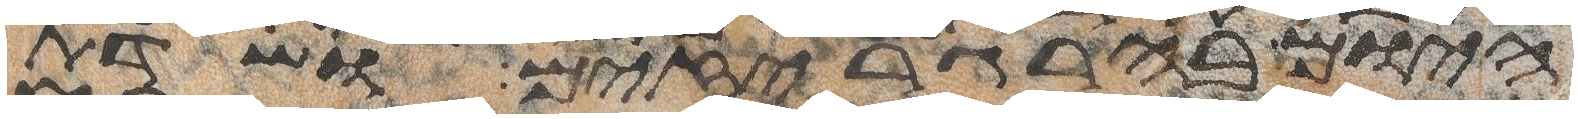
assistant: היום בהרגריזים ושדת